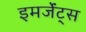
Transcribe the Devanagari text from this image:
इमर्जेंट्स